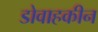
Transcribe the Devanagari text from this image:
डोवाहकीन